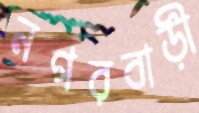
নগরবাড়ী